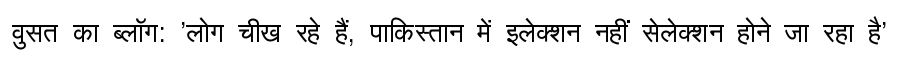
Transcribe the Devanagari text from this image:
वुसत का ब्लॉग: 'लोग चीख रहे हैं, पाकिस्तान में इलेक्शन नहीं सेलेक्शन होने जा रहा है'